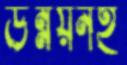
উন্নয়নই